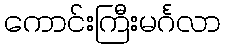
ကောင်းကြီးမင်္ဂလာ